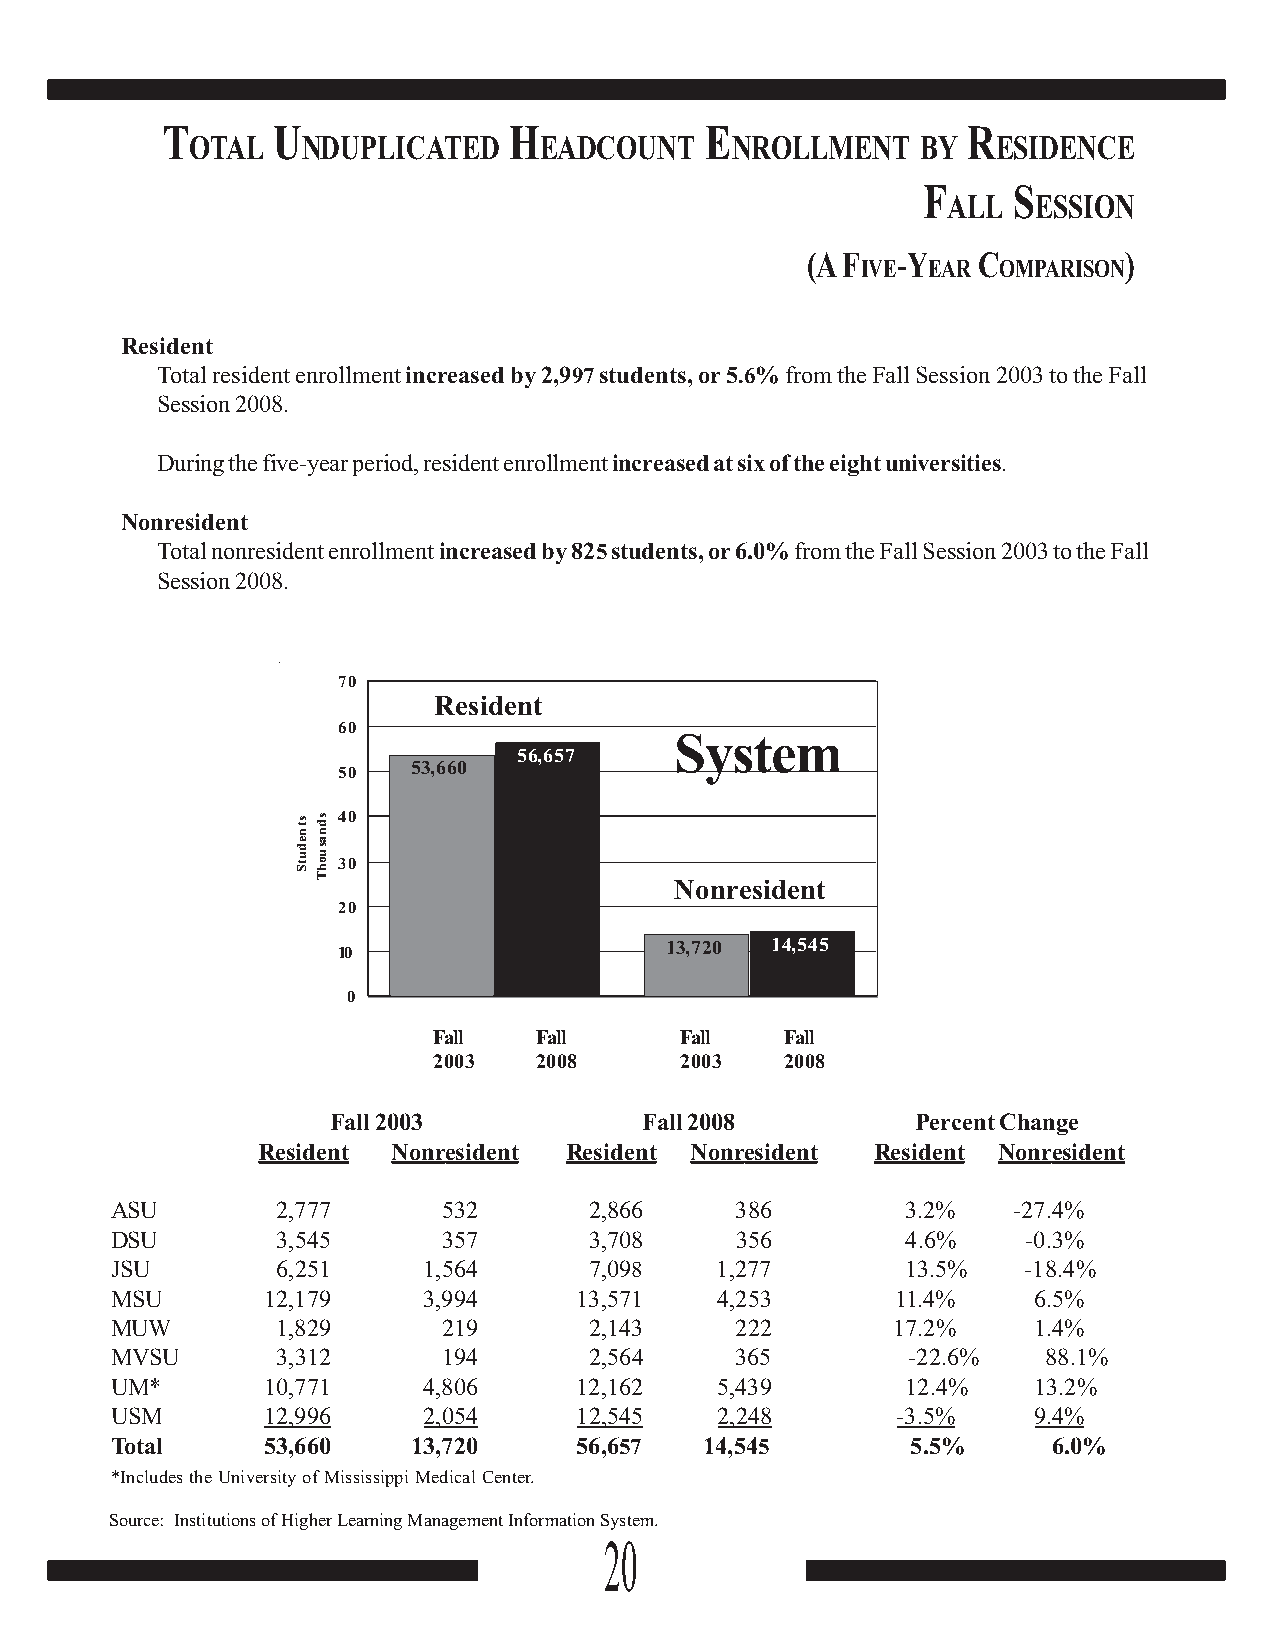
T      U               H            E                R
 OTAL    NDUPLICATED     EADCOUNT    NROLLMENT    BY   ESIDENCE
 F     S
 ALL   ESSION
 (A F  -Y    C        )
 IVE EAR  OMPARISON
 Resident
 Total resident enrollment increased by 2,997 students, or 5.6% from the Fall Session 2003 to the Fall
 Session 2008.
 During the five-year period, resident enrollment increased at six of the eight universities.
 Nonresident
 Total nonresident enrollment increased by 825 students, or 6.0% from the Fall Session 2003 to the Fall
 Session 2008.
 70
 Resident
 60
 System
 56,657
 50   53,660
 40
 30
 Nonresident
 20
 10                    13,720 14,545
 0
 Fall  Fall      Fall   Fall
 2003  2008      2003   2008
 Fall 2003            Fall 2008         Percent Change
 Resident Nonresident Resident Nonresident Resident Nonresident
 ASU        2,777      532       2,866     386        3.2%   -27.4%
 DSU        3,545      357       3,708     356        4.6%    -0.3%
 JSU        6,251     1,564      7,098   1,277        13.5%   -18.4%
 MSU       12,179     3,994     13,571   4,253       11.4%    6.5%
 MUW        1,829      219       2,143     222       17.2%    1.4%
 MVSU       3,312      194       2,564     365        -22.6%   88.1%
 UM*       10,771     4,806     12,162   5,439        12.4%   13.2%
 USM       12,996     2,054     12,545   2,248       -3.5%    9.4%
 Total     53,660    13,720     56,657   14,545       5.5%      6.0%
 *Includes the University of Mississippi Medical Center.
 Source: Institutions of Higher Learning Management Information System.
 20
 stnedutS sdnasuohT